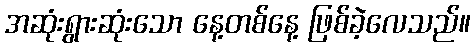
အဆုံးရွားဆုံးသော နေ့တစ်နေ့ ဖြစ်ခဲ့လေသည်။